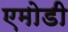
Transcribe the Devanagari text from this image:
एमोडी